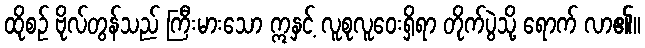
ထိုစဉ် ဗိုလ်တွန်သည် ကြီးမားသော ဣနှင့် လူစုလူဝေးရှိရာ တိုက်ပွဲသို့ ရောက် လာ၏။